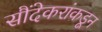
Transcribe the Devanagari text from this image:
सौंदेकरांकडून